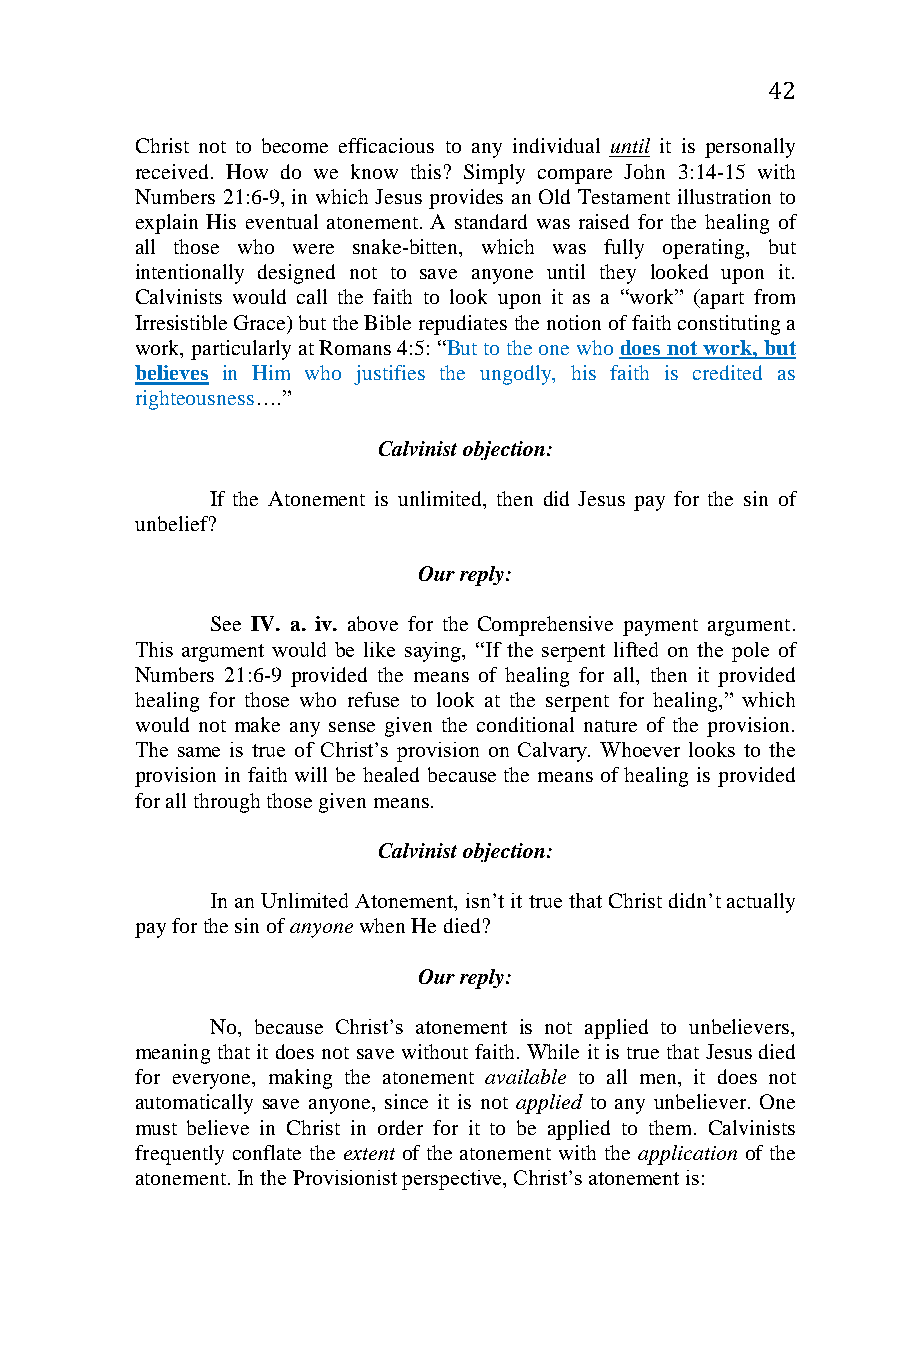
42
 Christ not to become efficacious to any individual until it is personally
 received. How do we know this? Simply compare John 3:14-15 with
 Numbers 21:6-9, in which Jesus provides an Old Testament illustration to
 explain His eventual atonement. A standard was raised for the healing of
 all those who were snake-bitten, which was fully operating, but
 intentionally designed not to save anyone until they looked upon it.
 Calvinists would call the faith to look upon it as a “work” (apart from
 Irresistible Grace) but the Bible repudiates the notion of faith constituting a
 work, particularly at Romans 4:5: “But to the one who does not work, but
 believes in Him who justifies the ungodly, his faith is credited as
 righteousness….”
 Calvinist objection:
 If the Atonement is unlimited, then did Jesus pay for the sin of
 unbelief?
 Our reply:
 See IV. a. iv. above for the Comprehensive payment argument.
 This argument would be like saying, “If the serpent lifted on the pole of
 Numbers 21:6-9 provided the means of healing for all, then it provided
 healing for those who refuse to look at the serpent for healing,” which
 would not make any sense given the conditional nature of the provision.
 The same is true of Christ’s provision on Calvary. Whoever looks to the
 provision in faith will be healed because the means of healing is provided
 for all through those given means.
 Calvinist objection:
 In an Unlimited Atonement, isn’t it true that Christ didn’t actually
 pay for the sin of anyone when He died?
 Our reply:
 No, because Christ’s atonement is not applied to unbelievers,
 meaning that it does not save without faith. While it is true that Jesus died
 for everyone, making the atonement available to all men, it does not
 automatically save anyone, since it is not applied to any unbeliever. One
 must believe in Christ in order for it to be applied to them. Calvinists
 frequently conflate the extent of the atonement with the application of the
 atonement. In the Provisionist perspective, Christ’s atonement is: